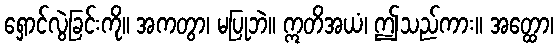
ရှောင်လွဲခြင်းကို။ အကတွာ၊ မပြုဘဲ။ ဣတိအယံ၊ ဤသည်ကား။ အတ္ထော၊